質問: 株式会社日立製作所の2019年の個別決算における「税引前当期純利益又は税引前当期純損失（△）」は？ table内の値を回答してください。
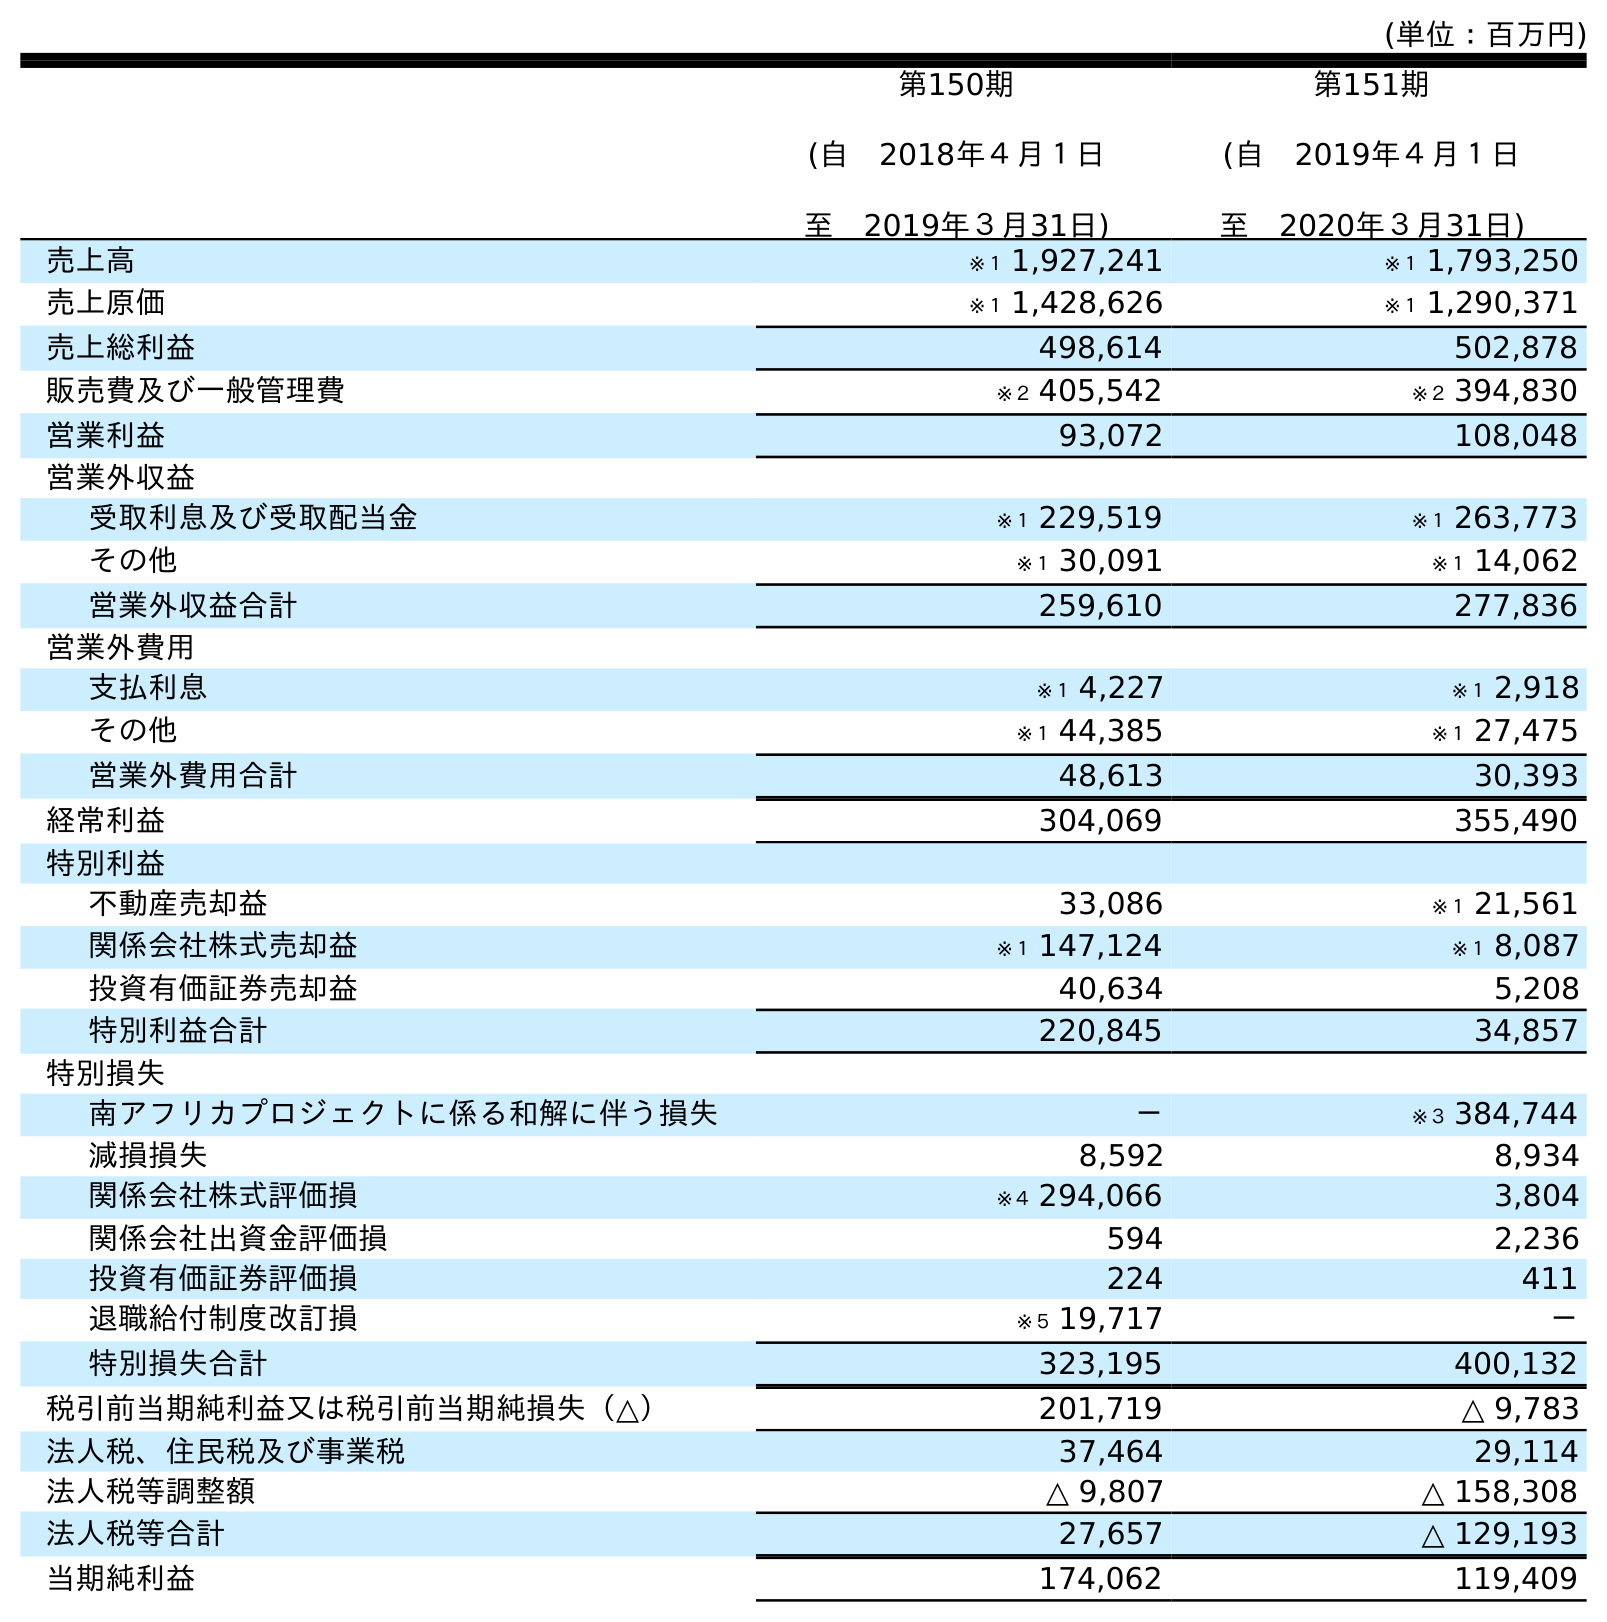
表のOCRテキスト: (単位：百万円) 第150期 (自 2018年４月１日 至 2019年３月31日) 第151期 (自 2019年４月１日 至 2020年３月31日) 売上高 ※１ 1,927,241 ※１ 1,793,250 売上原価 ※１ 1,428,626 ※１ 1,290,371 売上総利益 498,614 502,878 販売費及び一般管理費 ※２ 405,542 ※２ 394,830 営業利益 93,072 108,048 営業外収益 受取利息及び受取配当金 ※１ 229,519 ※１ 263,773 その他 ※１ 30,091 ※１ 14,062 営業外収益合計 259,610 277,836 営業外費用 支払利息 ※１ 4,227 ※１ 2,918 その他 ※１ 44,385 ※１ 27,475 営業外費用合計 48,613 30,393 経常利益 304,069 355,490 特別利益 不動産売却益 33,086 ※１ 21,561 関係会社株式売却益 ※１ 147,124 ※１ 8,087 投資有価証券売却益 40,634 5,208 特別利益合計 220,845 34,857 特別損失 南アフリカプロジェクトに係る和解に伴う損失 － ※３ 384,744 減損損失 8,592 8,934 関係会社株式評価損 ※４ 294,066 3,804 関係会社出資金評価損 594 2,236 投資有価証券評価損 224 411 退職給付制度改訂損 ※５ 19,717 － 特別損失合計 323,195 400,132 税引前当期純利益又は税引前当期純損失（△） 201,719 △ 9,783 法人税、住民税及び事業税 37,464 29,114 法人税等調整額 △ 9,807 △ 158,308 法人税等合計 27,657 △ 129,193 当期純利益 174,062 119,409
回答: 201,719